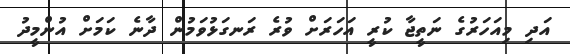
އަދި މިއަހަރުގެ ނަތީޖާ ކުރީ އަހަރަށް ވުރެ ރަނގަޅުވަމުން ދާނެ ކަމަށް އުންމީދު